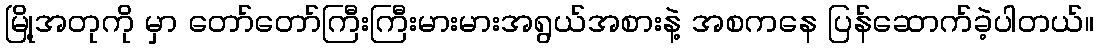
မြို့အတုကို မှာ တော်တော်ကြီးကြီးမားမားအရွယ်အစားနဲ့ အစကနေ ပြန်ဆောက်ခဲ့ပါတယ်။